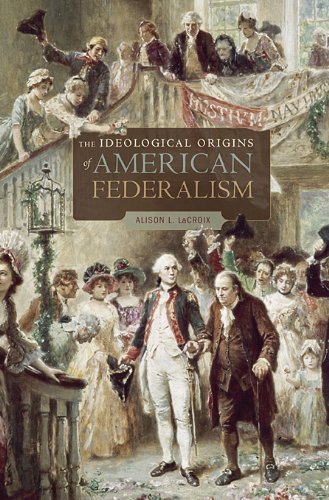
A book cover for The Ideological Origins of American Federalism; Alison L. LaCroix; Law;